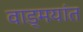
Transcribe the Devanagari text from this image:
वाड्मयांत